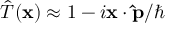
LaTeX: { \hat { T } } ( \mathbf { x } ) \approx 1 - i \mathbf { x } \cdot \mathbf { \hat { p } } / \hbar